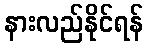
နားလည်နိုင်ရန်